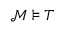
{ \mathcal { M } } \models T